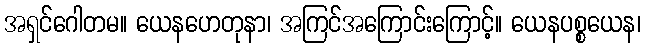
အရှင်ဂေါတမ။ ယေနဟေတုနာ၊ အကြင်အကြောင်းကြောင့်။ ယေနပစ္စယေန၊